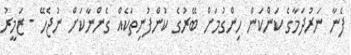
ފެނާ ނަރުދަމާގެ ކަންކަން ހިންގުމަށް ބޭރުގެ ކުންފުނިތަކެއް ގެންނާކަށް ނުޖެހޭ - ޒަމީރު